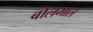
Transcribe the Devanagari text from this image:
बोलभाल